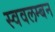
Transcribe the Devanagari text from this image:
स्ववलम्बन